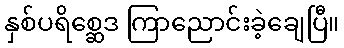
နှစ်ပရိစ္ဆေဒ ကြာညောင်းခဲ့ချေပြီ။